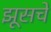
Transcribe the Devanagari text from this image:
झूसचे